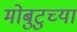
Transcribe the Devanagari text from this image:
मोबुटुच्या